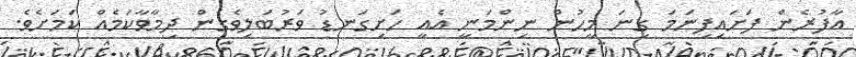
އާފުރެން ފަށައިފިނަމަ ގިނަ މީހުން ނިންމަނީ އެއީ ހަށިގަނޑު ވަރުބަލިވެގެން ދިމާވާކަމެއް ކަމަށެވެ.